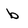
Character: b